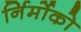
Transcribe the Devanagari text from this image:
र्निर्मोको